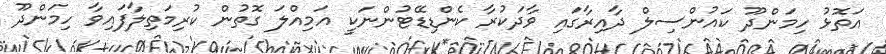
އަތޮޅު ހިމަންދޫ ކައުންސިލް ދާއިރާގައި ވާދަކުރާ ކެންޑިޑޭޓުންނަކީ އަމިއްލަ ގޮތުން ކުރިމަތިލާފައިވާ ހިމަންދޫ